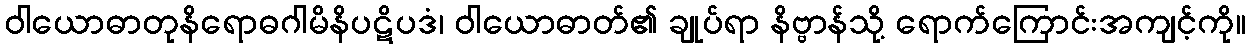
ဝါယောဓာတုနိရောဓဂါမိနိပဋိပဒံ၊ ဝါယောဓာတ်၏ ချုပ်ရာ နိဗ္ဗာန်သို့ ရောက်ကြောင်းအကျင့်ကို။